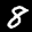
Label: 8